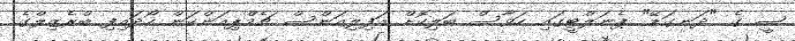
ސީ ގެ "ދަނގަޑޭ" ޕެނަލްޓީގައި ހަވާސް ބަލިކޮށް އަފިލިއަންސް ޗެމްޕިއަންކަން ހޯދައިފި ބްރެޒިލްގެ